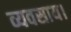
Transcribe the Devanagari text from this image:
व्यवसाय।